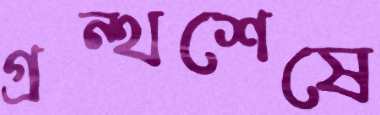
গ্রন্থশেষে